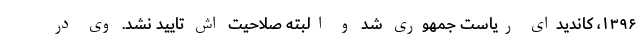
۱۳۹۶، کاندیدای ریاست جمهوری شد و البته صلاحیت اش تایید نشد. وی در